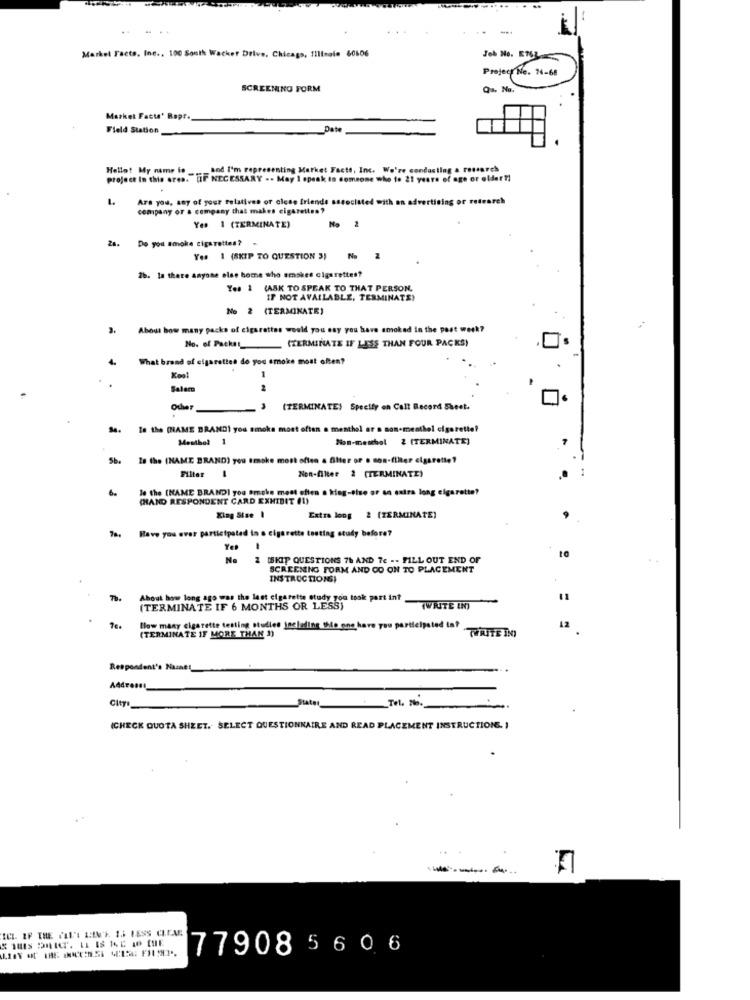
...
Market Facts, Inc ., 100 South Wacker Drive, Chicago, Illinois 60606
Job No. 5763
Project Ne. 74-68
SCREENING FORM
Qa. No.
Market Facte' Rapt.
Field Station
Date
Hello! My name is_
pod I'm representing Market Facts, Inc. We're conducting a research
project In this area. [IF NECESSARY .. May 1 speak to someone who to 21 years of age or older ?!
Are you, any of your relatives or close friends associated
reh
company or a company that makes cigarettes?
2
Yes 1 (TERMINATE)
No
Do you amoke cigarettes?
Yes 1 (SKIP TO QUESTION 3)
26. In there anyone else home who smokes cigarettes?
Yes 1 (ASK TO SPEAK TO THAT PERSON.
IF NOT AVAILABLE, TERMINATE!
No 2 (TERMINATE)
2.
About how many packs of cigarettes would you say you have smoked in the post week?
(TERMINATE IF LESS THAN FOUR PACKS)
What brand of cigarettes do you smoke most often?
Kool
1
Salen
-
.3
(TERMINATE) Specify on Call Record Sheet.
Se.
In the (NAME BRAND) you smoke most often a menthol ar a non-menthol cigarette?
Menthol 1
Non-menthol 2 (TERMINATE]
In the (NAME BRAND) you smoke most often a Alter or . non-filter cigarette?
.. 1
Filter
Non-filter 2 (TERMINATE)
6.
Je the (NAME BRAND] you smoke most often s kifog-sise or an extra long cigarette?
CHAND RESPONDENT CARD EXHIBIT (1)
King Size 1
Extra long 2 [TERMINATE)
Have you ever participated in a cigarette testing study before?
No
2 [SKIP QUESTIONS 76 AND 76 -- FILL OUT END OF
SCREENING FORM AND CO ON TO PLACEMENT
INSTRUCTIONS;
About how long ago was the last cigarette study you took part int
11
(TERMINATE IF 6 MONTHS OR LESS)
(WRITE EN)
How many cigarette testing studies Including the one have you participated in?
12
(TERMINATE IF MORE THAN 1)
Respondent's Naznet
City:
Tel. No.
State
(CHECK QUOTA SHEET. SELECT QUESTIONNAIRE AND READ PLACEMENT INSTRUCTIONG. )
ICI. IF THE CLU'I LIN'T. 1. LESS CLEAR
77908 5606